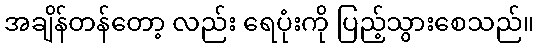
အချိန်တန်တော့ လည်း ရေပုံးကို ပြည့်သွားစေသည်။